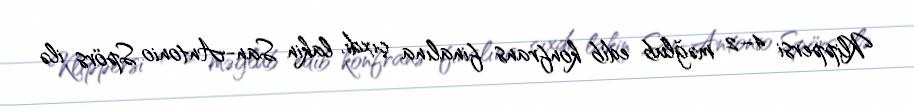
Klippersi 4–2 məğlub edib konfrans finalına çıxdı, lakin San-Antonio Spörs ilə